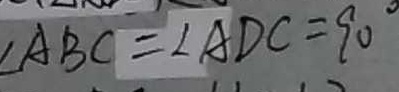
\angle A B C = \angle A D C = 9 0 ^ { \circ }